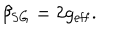
\beta _ { \mathrm { S G } } = 2 g _ { \mathrm { e f f } } .